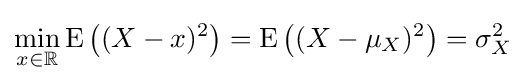
\min _{x\in \mathbb {R} }\operatorname {E} \left((X-x)^{2}\right)=\operatorname {E} \left((X-\mu _{X})^{2}\right)=\sigma _{X}^{2}